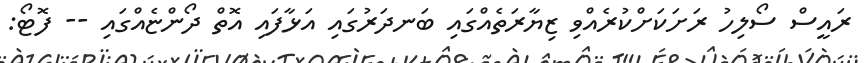
ރައީސް ސޯލިހު ރަށަކަށްކުރެއްވި ޒިޔާރަތެއްގައި ބަނދަރުގައި އަޅާފައި އޮތް ދޯންޏެެއްގައި -- ފޮޓޯ: